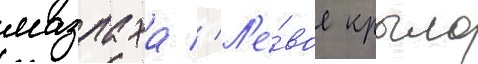
мазлаха // Л'е́вое крыло